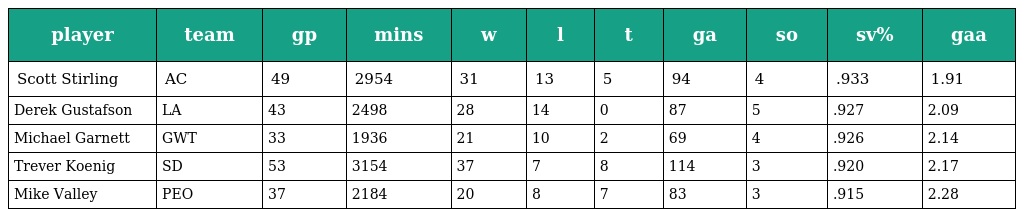
| player | team | gp | mins | w | l | t | ga | so | sv% | gaa |
 | --- | --- | --- | --- | --- | --- | --- | --- | --- | --- | --- |
 | Scott Stirling | AC | 49 | 2954 | 31 | 13 | 5 | 94 | 4 | .933 | 1.91 |
 | Derek Gustafson | LA | 43 | 2498 | 28 | 14 | 0 | 87 | 5 | .927 | 2.09 |
 | Michael Garnett | GWT | 33 | 1936 | 21 | 10 | 2 | 69 | 4 | .926 | 2.14 |
 | Trever Koenig | SD | 53 | 3154 | 37 | 7 | 8 | 114 | 3 | .920 | 2.17 |
 | Mike Valley | PEO | 37 | 2184 | 20 | 8 | 7 | 83 | 3 | .915 | 2.28 |